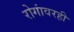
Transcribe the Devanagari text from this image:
रोगांवरही